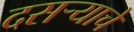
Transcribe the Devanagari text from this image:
दसऱ्याचे